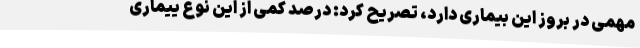
مهمی در بروز این بیماری دارد، تصریح کرد: درصد کمی از این نوع ییماری